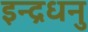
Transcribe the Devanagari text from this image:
इन्द्रधनु